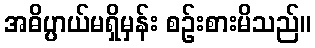
အဓိပ္ပာယ်မရှိမှန်း စဉ်းစားမိသည်။